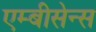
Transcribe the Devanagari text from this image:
एम्बीसेन्स